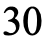
30